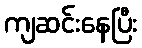
ကျဆင်းနေပြီး